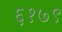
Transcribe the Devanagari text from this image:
६१७९